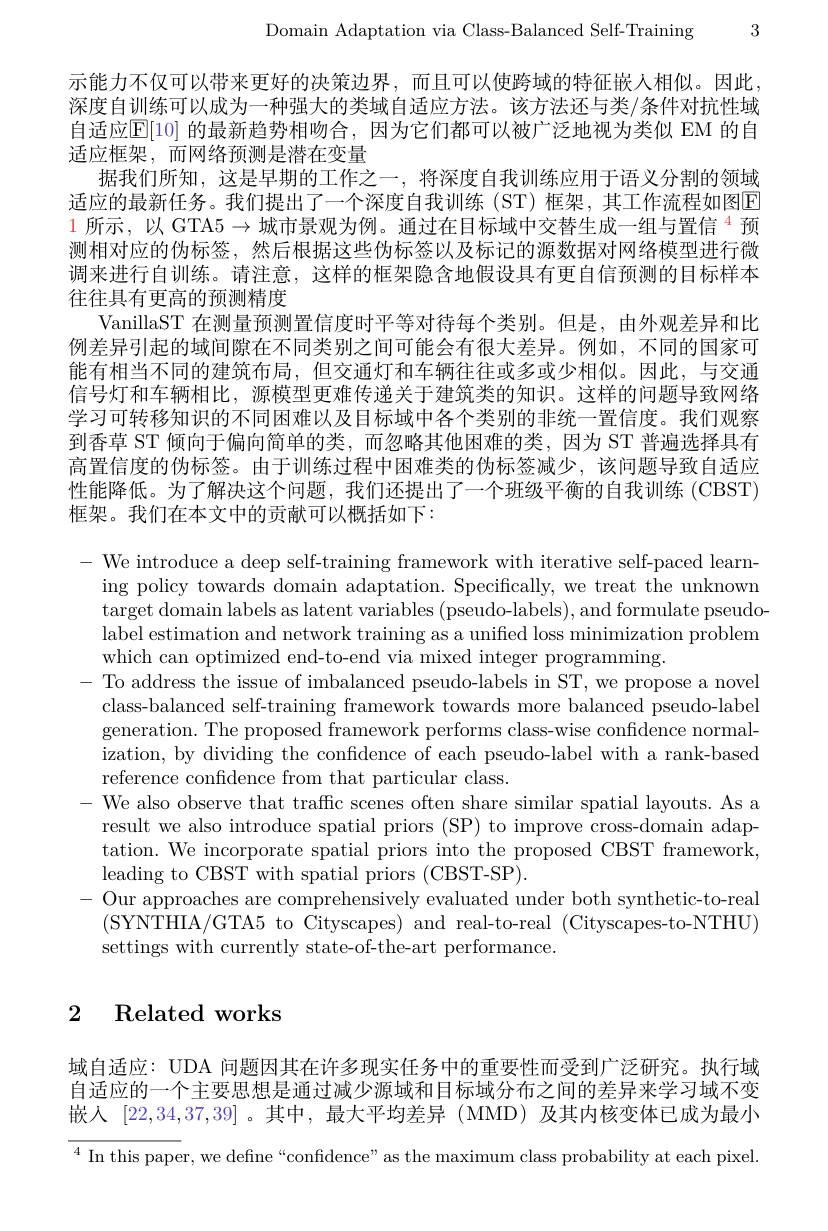
Domain Adaptation via Class-Balanced Self-Training 3

示能力不仅可以带来更好的决策边界，而且可以使跨域的特征嵌入相似。因此深度自训练可以成为一种强大的类域自适应方法。该方法还与类/条件对抗性域自适应[E[10] 的最新趋势相吻合，因为它们都可以被广泛地视为类似 EM 的自适应框架，而网络预测是潜在变量
据我们所知，这是早期的工作之一，将深度自我训练应用于语义分割的领域适应的最新任务。我们提出了一个深度自我训练(ST) 框架，其工作流程如图E $\color{red}{1\text{ 所示，以 GTA5}\to\text{ 城市景观为例。通过在目标域中交替生成一组与置信 }^4}$预测相对应的伪标签，然后根据这些伪标签以及标记的源数据对网络模型进行微调来进行自训练。请注意，这样的框架隐含地假设具有更自信预测的目标样本往往具有更高的预测精度
VanillaST 在测量预测置信度时平等对待每个类别。但是，由外观差异和比例差异引起的域间隙在不同类别之间可能会有很大差异。例如，不同的国家可能有相当不同的建筑布局，但交通灯和车辆往往或多或少相似。因此，与交通信号灯和车辆相比，源模型更难传递关于建筑类的知识。这样的问题导致网络学习可转移知识的不同困难以及目标域中各个类别的非统一置信度。我们观察到香草 ST 倾向于偏向简单的类，而忽略其他困难的类，因为 ST 普遍选择具有高置信度的伪标签。由于训练过程中困难类的伪标签减少，该问题导致自适应性能降低。为了解决这个问题，我们还提出了一个班级平衡的自我训练 (CBST) 框架。我们在本文中的贡献可以概括如下：

- We introduce a deep self-training framework with iterative self-paced learn-
ing policy towards domain adaptation. Specifically, we treat the unknown target domain labels as latent variables (pseudo-labels), and formulate pseudolabel estimation and network training as a unified loss minimization problem which can optimized end-to-end via mixed integer programming
- To address the issue of imbalanced pseudo-labels in ST, we propose a novel
class-balanced self-training framework towards more balanced pseudo-label generation. The proposed framework performs class-wise confidence normalization, by dividing the confidence of each pseudo-label with a rank-based reference confidence from that particular class.
- We also observe that traffic scenes often share similar spatial layouts. As a
result we also introduce spatial priors (SP) to improve cross-domain adaptation. We incorporate spatial priors into the proposed CBST framework, leading to CBST with spatial priors (CBST-SP).
- Our approaches are comprehensively evaluated under both synthetic-to-real
(SYNTHIA/GTA5 to Cityscapes) and real-to-real (Cityscapes-to-NTHU)
settings with currently state-of-the-art performance.

# 2 Related works

域自适应：UDA 问题因其在许多现实任务中的重要性而受到广泛研究。执行域自适应的一个主要思想是通过减少源域和目标域分布之间的差异来学习域不变嵌入[22,34,37,39] 。其中，最大平均差异 (MMD)及其内核变体已成为最小$^4$ In this paper, we define “confidence” as the maximum class probability at each pixel.